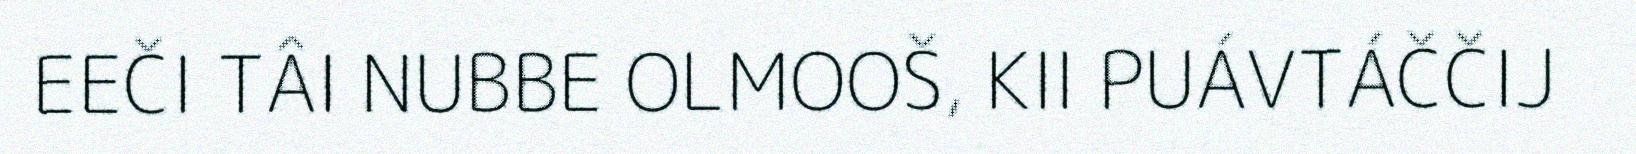
EEČI TÂI NUBBE OLMOOŠ, KII PUÁVTÁČČIJ